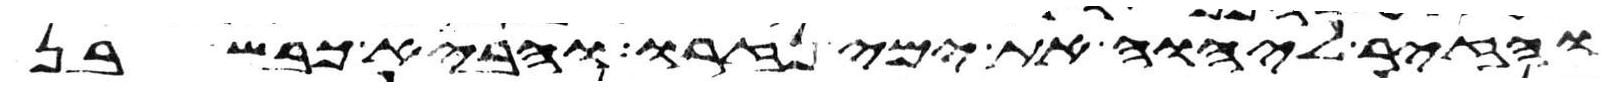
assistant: והזיר ליהוה את ימי נזרו והביא כבש בן